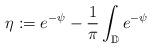
LaTeX: \begin{align*}\eta:=e^{-\psi}-\frac{1}{\pi}\int_{\mathbb{D}}e^{-\psi}\end{align*}